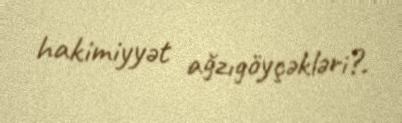
hakimiyyət ağzıgöyçəkləri?.